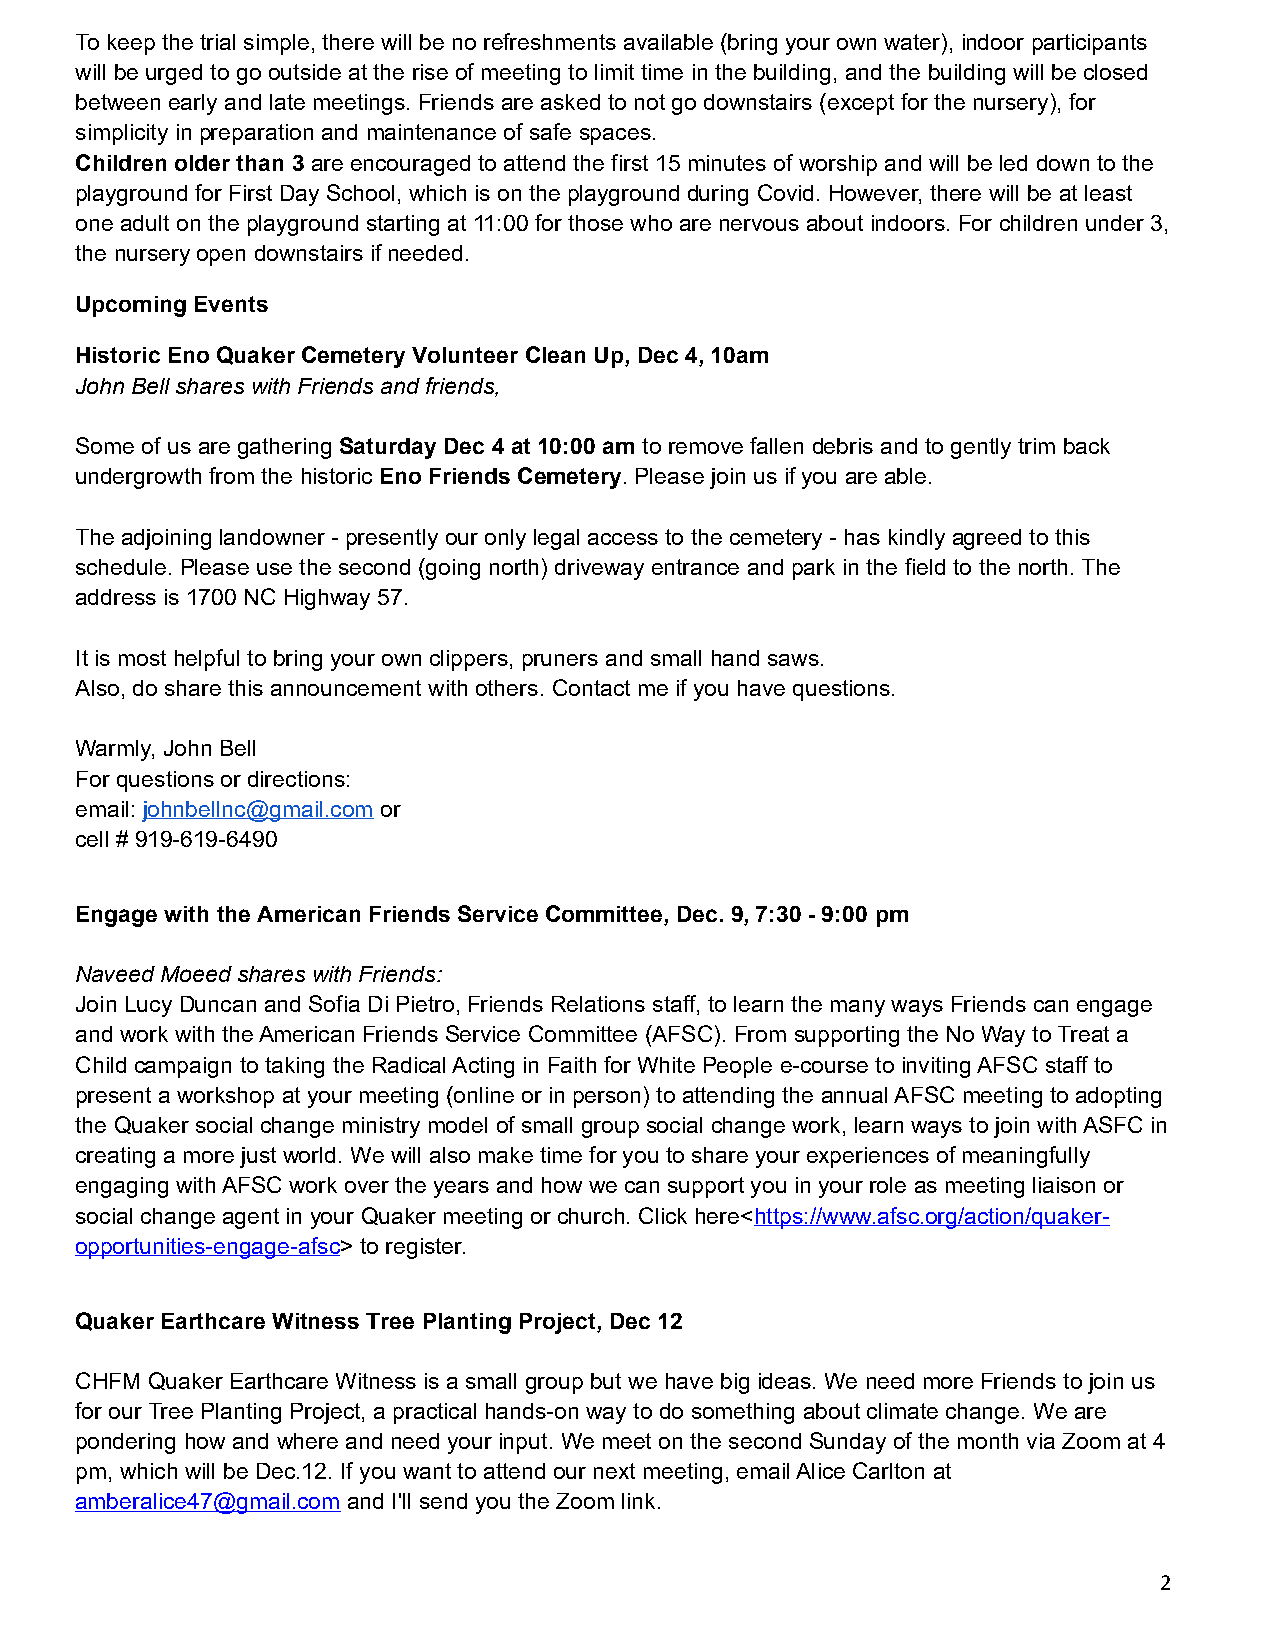
To keep the trial simple, there will be no refreshments available (bring your own water), indoor participants
 will be urged to go outside at the rise of meeting to limit time in the building, and the building will be closed
 between early and late meetings. Friends are asked to not go downstairs (except for the nursery), for
 simplicity in preparation and maintenance of safe spaces.
 Children older than 3 are encouraged to attend the first 15 minutes of worship and will be led down to the
 playground for First Day School, which is on the playground during Covid. However, there will be at least
 one adult on the playground starting at 11:00 for those who are nervous about indoors. For children under 3,
 the nursery open downstairs if needed.
 Upcoming Events
 Historic Eno Quaker Cemetery Volunteer Clean Up, Dec 4, 10am
 John Bell shares with Friends and friends,
 Some of us are gathering Saturday Dec 4 at 10:00 am to remove fallen debris and to gently trim back
 undergrowth from the historic Eno Friends Cemetery. Please join us if you are able.
 The adjoining landowner - presently our only legal access to the cemetery - has kindly agreed to this
 schedule. Please use the second (going north) driveway entrance and park in the field to the north. The
 address is 1700 NC Highway 57.
 It is most helpful to bring your own clippers, pruners and small hand saws.
 Also, do share this announcement with others. Contact me if you have questions.
 Warmly, John Bell
 For questions or directions:
 email: johnbellnc@gmail.com or
 cell # 919-619-6490
 Engage with the American Friends Service Committee, Dec. 9, 7:30 - 9:00 pm
 Naveed Moeed shares with Friends:
 Join Lucy Duncan and Sofia Di Pietro, Friends Relations staff, to learn the many ways Friends can engage
 and work with the American Friends Service Committee (AFSC). From supporting the No Way to Treat a
 Child campaign to taking the Radical Acting in Faith for White People e-course to inviting AFSC staff to
 present a workshop at your meeting (online or in person) to attending the annual AFSC meeting to adopting
 the Quaker social change ministry model of small group social change work, learn ways to join with ASFC in
 creating a more just world. We will also make time for you to share your experiences of meaningfully
 engaging with AFSC work over the years and how we can support you in your role as meeting liaison or
 social change agent in your Quaker meeting or church. Click here<https://www.afsc.org/action/quaker-
 opportunities-engage-afsc> to register.
 Quaker Earthcare Witness Tree Planting Project, Dec 12
 CHFM Quaker Earthcare Witness is a small group but we have big ideas. We need more Friends to join us
 for our Tree Planting Project, a practical hands-on way to do something about climate change. We are
 pondering how and where and need your input. We meet on the second Sunday of the month via Zoom at 4
 pm, which will be Dec.12. If you want to attend our next meeting, email Alice Carlton at
 amberalice47@gmail.com and I'll send you the Zoom link.
 2